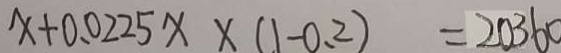
x + 0 . 0 2 2 5 x \times ( 1 - 0 . 2 ) = 2 0 3 6 0